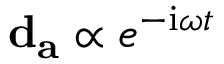
\mathbf { d } _ { \mathbf { a } } \propto e ^ { - \mathrm { i } \omega t }